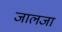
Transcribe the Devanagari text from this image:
जालजा